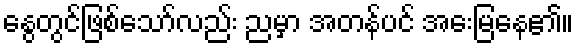
နွေတွင်ဖြစ်သော်လည်း ညမှာ အတန်ပင် အေးမြနေ၏။